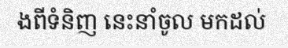
ងពីទំនិញ នេះនាំចូល មកដល់